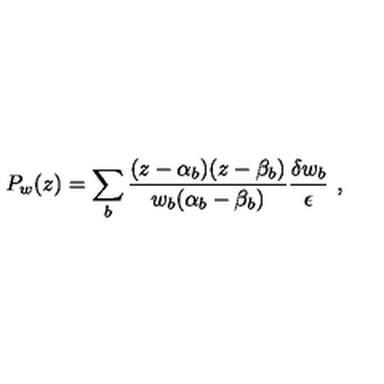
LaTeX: P _ { w } ( z ) = \sum _ { b } \frac { ( z - \alpha _ { b } ) ( z - \beta _ { b } ) } { w _ { b } ( \alpha _ { b } - \beta _ { b } ) } \frac { \delta w _ { b } } { \epsilon } \ ,